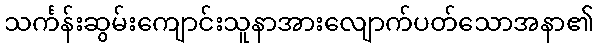
သင်္ကန်းဆွမ်းကျောင်းသူနာအားလျောက်ပတ်သောအနာ၏